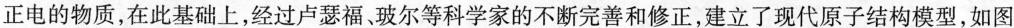
正电的物质，在此基础上，经过卢瑟福、玻尔等科学家的不断完善和修正，建立了现代原子结构模型，如图